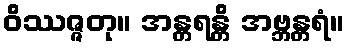
ဝိဿဇ္ဇတု။ အန္တရန္တိ အဗ္ဘန္တရံ။